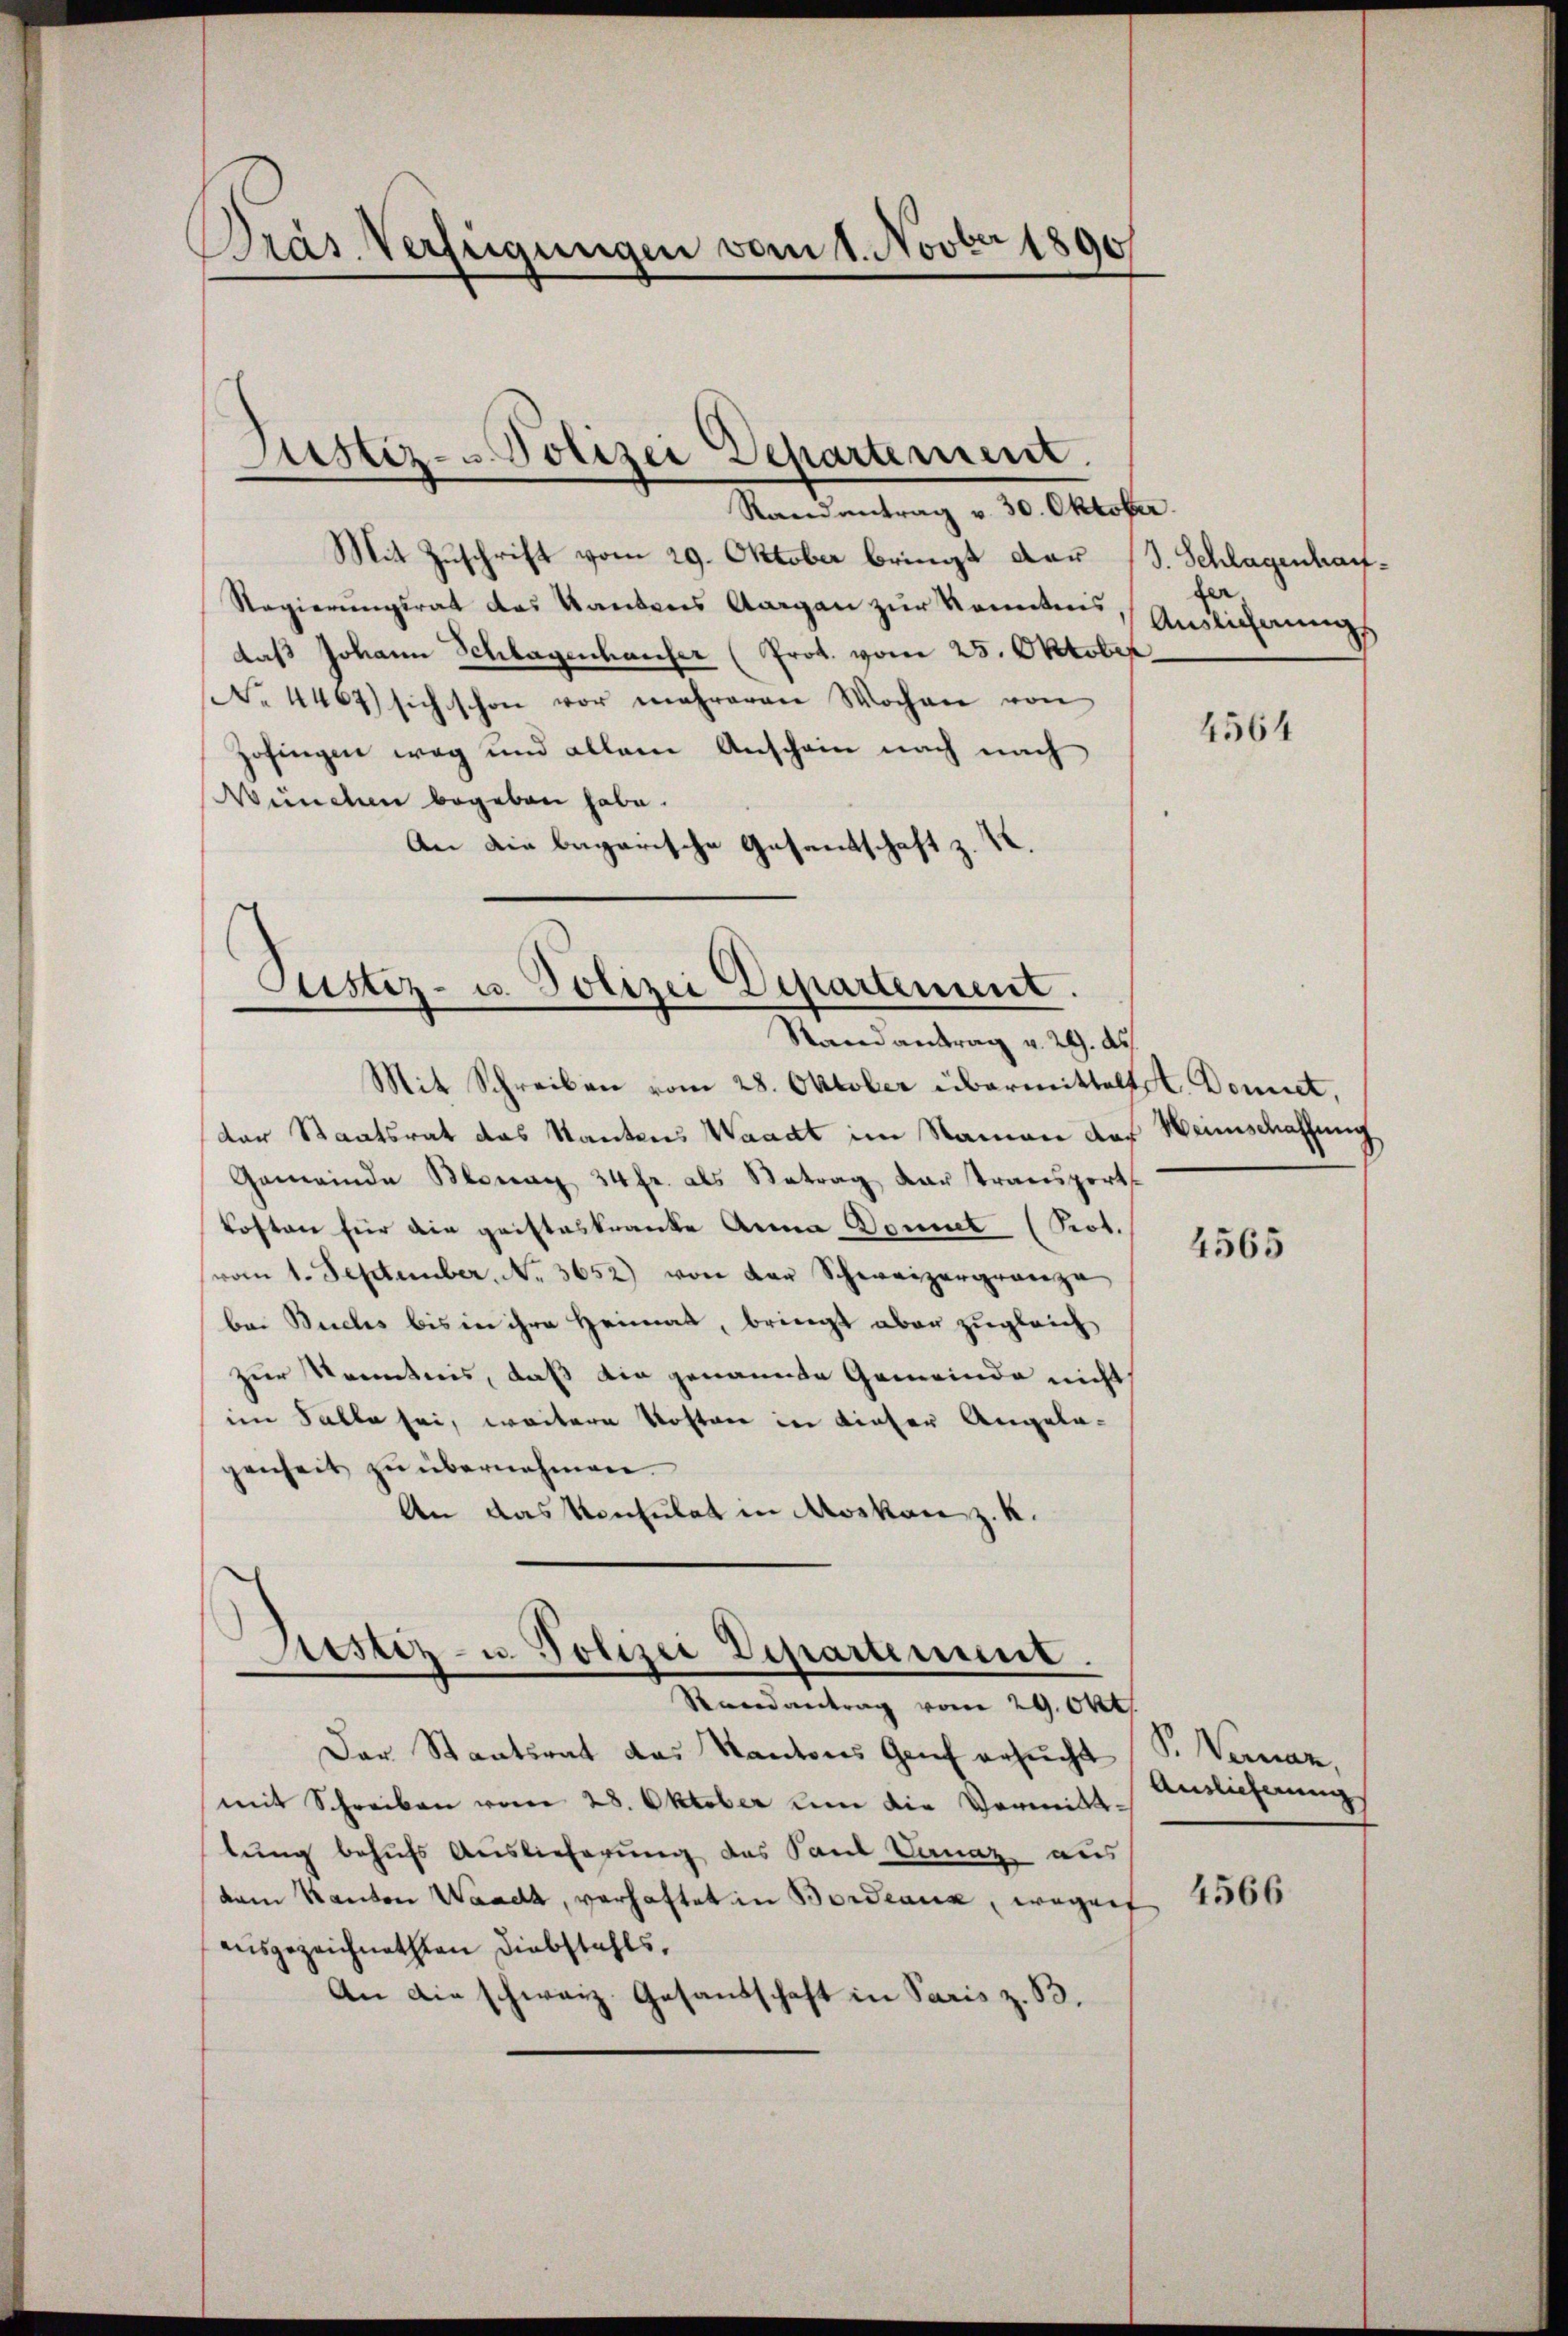
Präs. Verfügungen vom 1. Novber 1890

Justiz- Polizei Departement.

Randantrag v. 30. Oktober.
Mit Zuschrift vom 29. Oktober bringt dar (s. Schlagenhauf¬
Regierungsrat des Kantons Aargau zur Kenntnis,
daß Johann Schlagenhauser (Prot. vom 25. Oktober
No 4467) sich schon vor mehreren Wochen von
Zofingen weg und allein Anschein nach nach
Wunden begeben habe.
An die bagarische Gesandschaft z. K.

Justiz- u. Polizei Departement.
Randantrag v. 29. ds.

Sistiz- u. Polizei Departement.
Randantrag vom 29. Okt.

Mit Schreiben vom 28. Oktober übermitteltst Donnet,
der Staatsrat das Stantens Waadt im Namen das
Gemeinde Blonay 34 fr. als Betrag dar transport
kosten für die gristeskranke Anna Demut (Not.
(vom 1. September. No. 3652) von der Schweizergranza
bei Buchs bis in ihre Heimat, bringt aber zugleich
zur Kenntnis, daß die genannte Gemeinde nicht
im Falle sei, weitere Kosten in dieser Angelagenheit zu übernehmen.
An das Konsulat in Moskan z. K.

Der Staatsrat das Kantons Genf ersucht
mit Schreiben vom 28. Oktober um die Vermittlung behufs Auslieferung des Paul Vernaz aus
dam Kanton Waadt, verhaftet in Bordeaux, wegent
ausgezeichneten Diebstahls,
An die schweiz. Gesandtschaft in Paris z. B.

fer.
Auslicherungs

4564

Weinschaffung

4565

V. Vornar,
Ainlicherung

4566